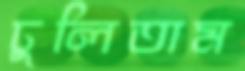
ঢুলিতাম